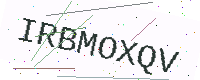
Text: IRBMOXQV